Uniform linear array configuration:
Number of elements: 12
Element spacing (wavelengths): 0.5
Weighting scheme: binomial
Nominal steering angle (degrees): -45
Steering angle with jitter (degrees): -44.562
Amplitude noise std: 0.05
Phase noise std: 0.05

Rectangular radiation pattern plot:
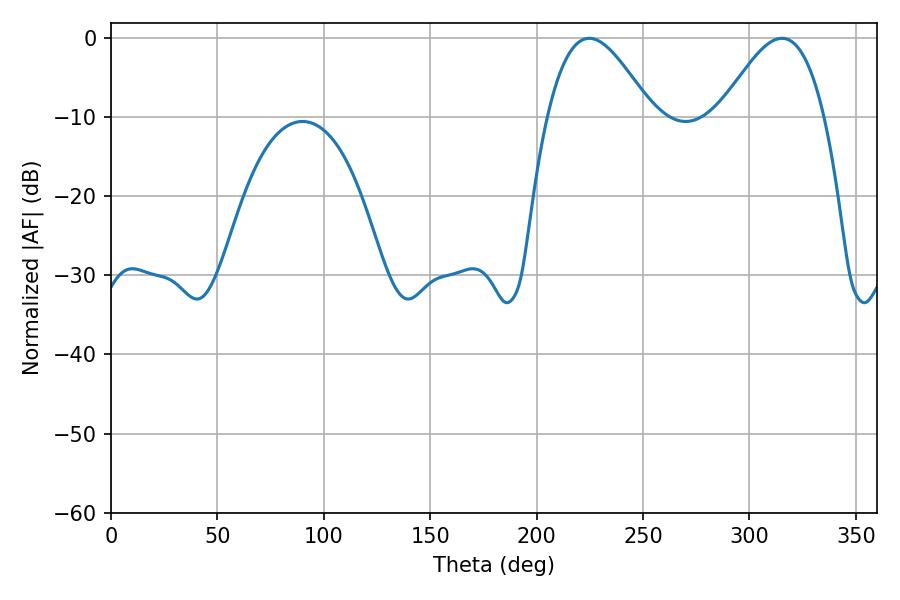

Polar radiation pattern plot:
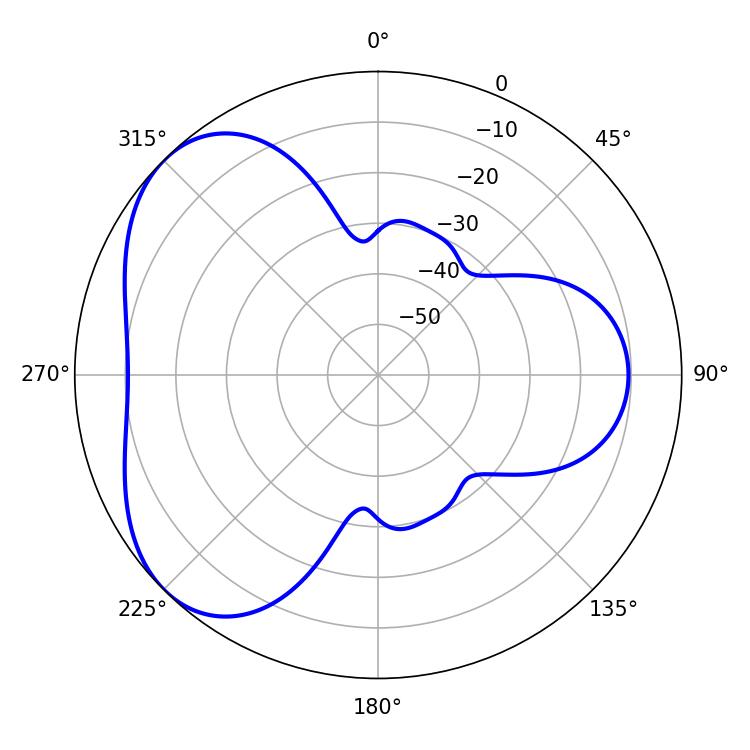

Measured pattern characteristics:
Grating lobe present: FALSE
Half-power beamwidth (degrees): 26.46
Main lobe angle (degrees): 224.64